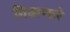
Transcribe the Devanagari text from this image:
गिळणारे